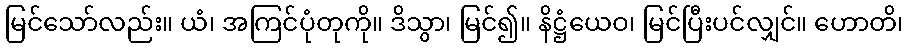
မြင်သော်လည်း။ ယံ၊ အကြင်ပုံတုကို။ ဒိသွာ၊ မြင်၍။ နိဋ္ဌံယေဝ၊ မြင်ပြီးပင်လျှင်။ ဟောတိ၊